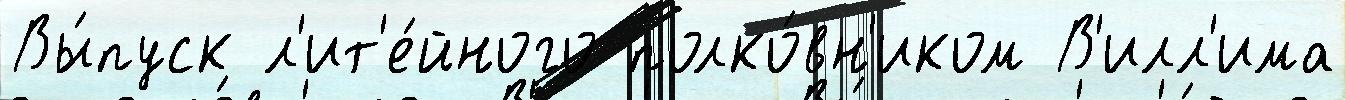
Вы́пуск л'ит'е́йного полко́вн'иком В'илл'има